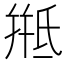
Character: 𭯱